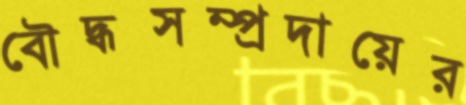
বৌদ্ধসম্প্রদায়ের